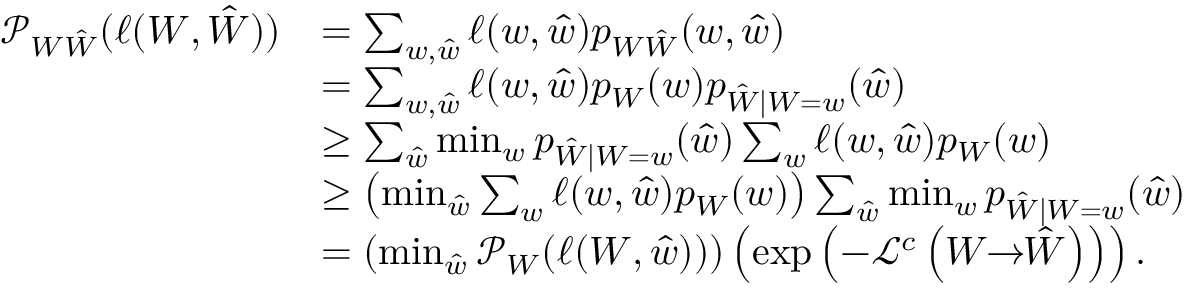
\begin{array} { r l } { \mathcal { P } _ { W \hat { W } } ( \ell ( W , \hat { W } ) ) } & { = \sum _ { w , \hat { w } } \ell ( w , \hat { w } ) p _ { W \hat { W } } ( w , \hat { w } ) } \\ & { = \sum _ { w , \hat { w } } \ell ( w , \hat { w } ) p _ { W } ( w ) p _ { \hat { W } | W = w } ( \hat { w } ) } \\ & { \geq \sum _ { \hat { w } } \operatorname* { m i n } _ { w } p _ { \hat { W } | W = w } ( \hat { w } ) \sum _ { w } \ell ( w , \hat { w } ) p _ { W } ( w ) } \\ & { \geq \left( \operatorname* { m i n } _ { \hat { w } } \sum _ { w } \ell ( w , \hat { w } ) p _ { W } ( w ) \right) \sum _ { \hat { w } } \operatorname* { m i n } _ { w } p _ { \hat { W } | W = w } ( \hat { w } ) } \\ & { = \left( \operatorname* { m i n } _ { \hat { w } } \mathcal { P } _ { W } ( \ell ( W , \hat { w } ) ) \right) \left( \exp \left( - \mathcal { L } ^ { c } \left( W \! \! \to \! \! \hat { W } \right) \right) \right) . } \end{array}